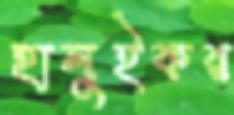
হালুইকর